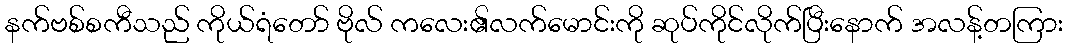
နက်ဗစ်စကီသည် ကိုယ်ရံတော် ဗိုလ် ကလေး၏လက်မောင်းကို ဆုပ်ကိုင်လိုက်ပြီးနောက် အလန့်တကြား